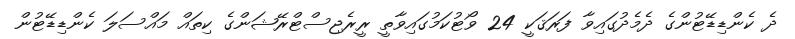
ދެ ކެންޑިޑޭޓުންގެ ދެމެދުގައިވާ ފަރަޤަކީ 24 ވޯޓުކަމުގައިވާތީ ރީރެޖިސްޓްރޭޝަންގެ ކިތައް މައްސަލަ ކެންޑިޑޭޓުން